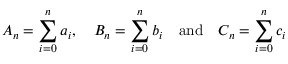
A _ { n } = \sum _ { i = 0 } ^ { n } a _ { i } , \quad B _ { n } = \sum _ { i = 0 } ^ { n } b _ { i } \quad { \mathrm { a n d } } \quad C _ { n } = \sum _ { i = 0 } ^ { n } c _ { i }